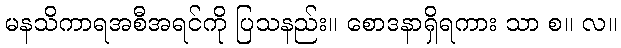
မနသိကာရအစီအရင်ကို ပြသနည်း။ စောဒနာရှိရကား သာ စ။ လ။